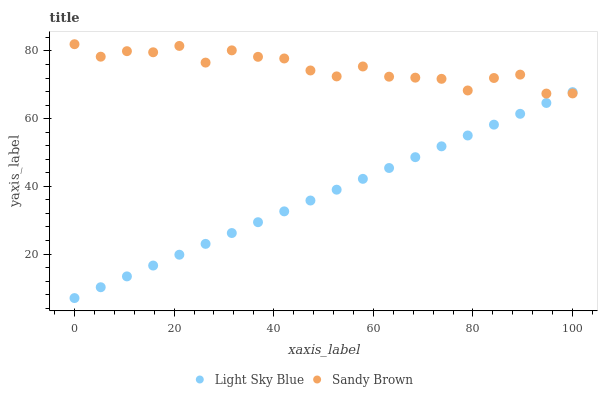
| xaxis_label | Light Sky Blue | Sandy Brown |
 | --- | --- | --- |
 | 0 | 7 | 82 |
 | 5.26 | 10.2 | 78.3 |
 | 10.5 | 13.4 | 79.9 |
 | 15.8 | 16.6 | 79.6 |
 | 21.1 | 19.8 | 81.5 |
 | 26.3 | 23 | 76.6 |
 | 31.6 | 26.2 | 80.2 |
 | 36.8 | 29.4 | 78.3 |
 | 42.1 | 32.6 | 77.8 |
 | 47.4 | 35.8 | 74.2 |
 | 52.6 | 39 | 72.5 |
 | 57.9 | 42.2 | 75.4 |
 | 63.2 | 45.4 | 72.4 |
 | 68.4 | 48.6 | 72.1 |
 | 73.7 | 51.8 | 71.8 |
 | 78.9 | 55 | 68.3 |
 | 84.2 | 58.2 | 72 |
 | 89.5 | 61.4 | 73 |
 | 94.7 | 64.6 | 67.4 |
 | 100 | 67.8 | 67.5 |